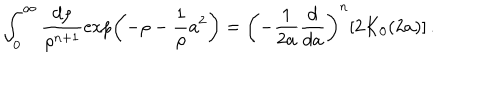
\int _ { 0 } ^ { \infty } \frac { d \rho } { \rho ^ { n + 1 } } \exp \left( - \rho - \frac { 1 } { \rho } a ^ { 2 } \right) = \left( - \frac { 1 } { 2 a } \frac { d } { d a } \right) ^ { n } [ 2 K _ { 0 } ( 2 a ) ] \, .